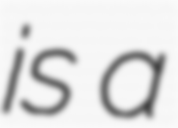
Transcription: is a